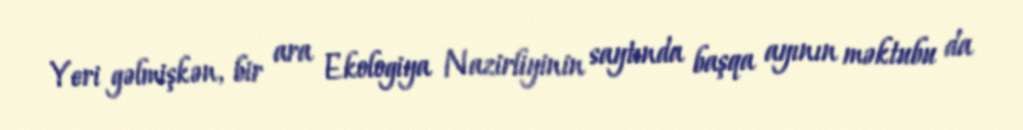
Yeri gəlmişkən, bir ara Ekologiya Nazirliyinin saytında başqa ayının məktubu da